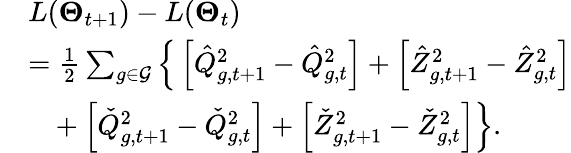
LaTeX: \begin{array}{rl}&{L(\boldsymbol{\Theta}_{t+1})-L(\boldsymbol{\Theta}_{t})}\\ &{=\frac{1}{2}\sum_{g\in{\mathcal{G}}}\Big\{ \left[\hat{Q}_{g,t+1}^{2}-\hat{Q}_{g,t}^{2}\right]+\left[\hat{Z}_{g,t+1}^{2}-\hat{Z}_{g,t}^{2}\right]}\\ &{~~~+\left[\check{Q}_{g,t+1}^{2}-\check{Q}_{g,t}^{2}\right]+\left[\check{Z}_{g,t+1}^{2}-\check{Z}_{g,t}^{2}\right]\Big\} .}\end{array}